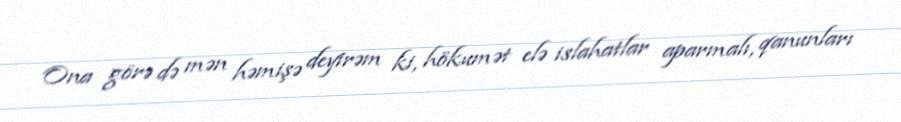
Ona görə də mən həmişə deyirəm ki, hökumət elə islahatlar aparmalı, qanunları